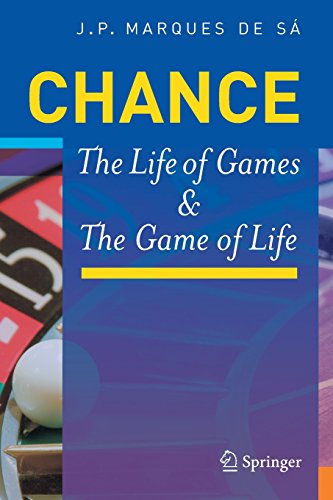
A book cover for Chance: The Life of Games & the Game of Life; Joaquim P. Marques de SÃ¡; Science & Math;